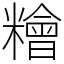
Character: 糩